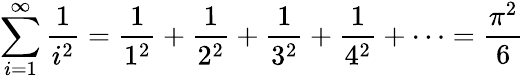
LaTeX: \sum_{i=1}^{\infty}{\frac{1}{i^{2}}}={\frac{1}{1^{2}}}+{\frac{1}{2^{2}}}+{\frac{1}{3^{2}}}+{\frac{1}{4^{2}}}+\cdots={\frac{\pi^{2}}{6}}